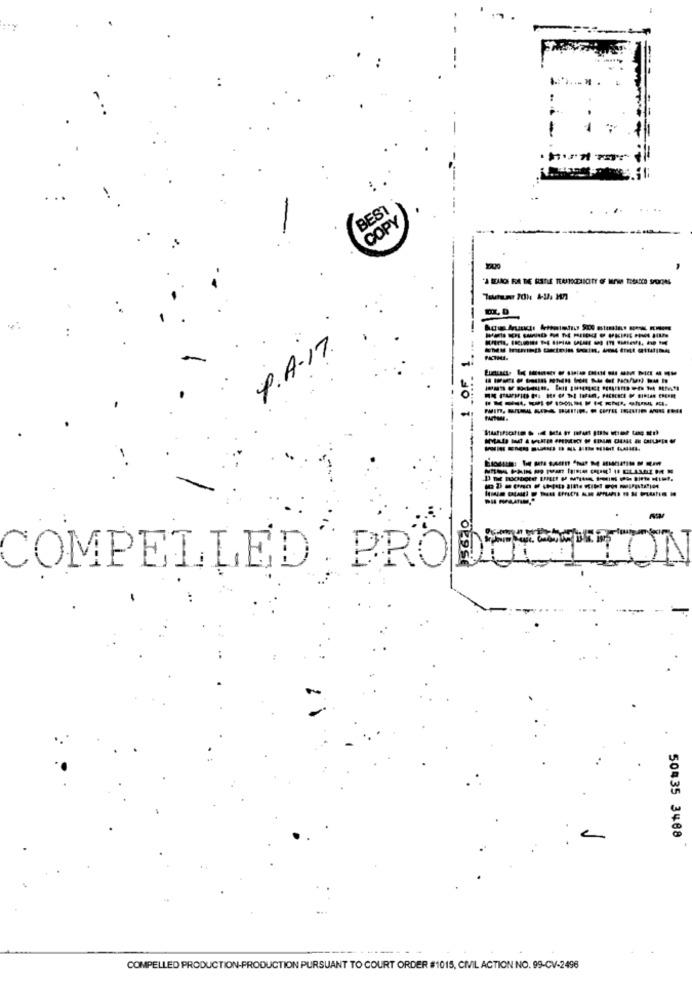
BES
COPY
P.A.17.
COMPELLED PROD
50435 3488
------
COMPELLED PRODUCTION-PRODUCTION PURSUANT TO COURT ORDER #1015, CIVIL ACTION NO. 99-CV-2496